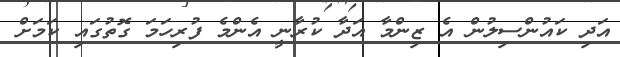
އަދި ކައުންސިލުން އެ ޒިންމާ އަދާ ކުރާނީ އެންމެ ފުރިހަމަ ގޮތުގައި ކަމަށް